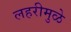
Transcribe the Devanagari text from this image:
लहरीमुळे